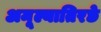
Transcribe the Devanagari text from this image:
अमूल्यातिरछे